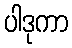
ပါဒုကာ